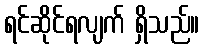
ရင်ဆိုင်ရလျက် ရှိသည်။